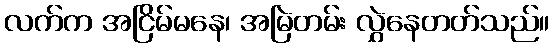
လက်က အငြိမ်မနေ၊ အမြဲတမ်း လွှဲနေတတ်သည်။